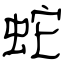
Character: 蛇